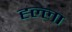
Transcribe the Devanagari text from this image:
ह्ल्ला